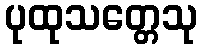
ပုထုသတ္တေသု